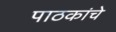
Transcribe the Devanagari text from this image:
पाठकांचे